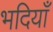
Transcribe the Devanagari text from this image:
भदियाँ